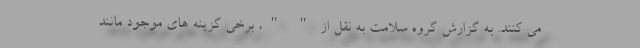
می کنند. به گزارش گروه سلامت به نقل از " "، برخی گزینه های موجود مانند